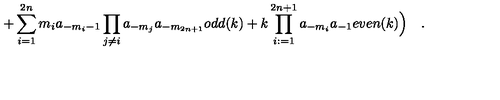
+ \sum _ { i = 1 } ^ { 2 n } m _ { i } a _ { - m _ { i } - 1 } \prod _ { j \neq i } a _ { - m _ { j } } a _ { - m _ { 2 n + 1 } } o d d ( k ) + k \prod _ { i : = 1 } ^ { 2 n + 1 } a _ { - m _ { i } } a _ { - 1 } e v e n ( k ) \Bigr ) \quad .